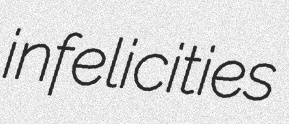
infelicities